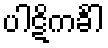
ပါဋိကင်္ခါ